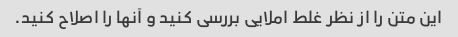
این متن را از نظر غلط املایی بررسی کنید و آنها را اصلاح کنید.